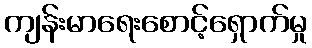
ကျန်းမာရေးစောင့်ရှောက်မှု